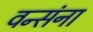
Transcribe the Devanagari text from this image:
वन्संना